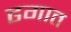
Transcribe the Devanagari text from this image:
ढगात